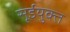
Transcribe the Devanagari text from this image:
सूईयुक्त